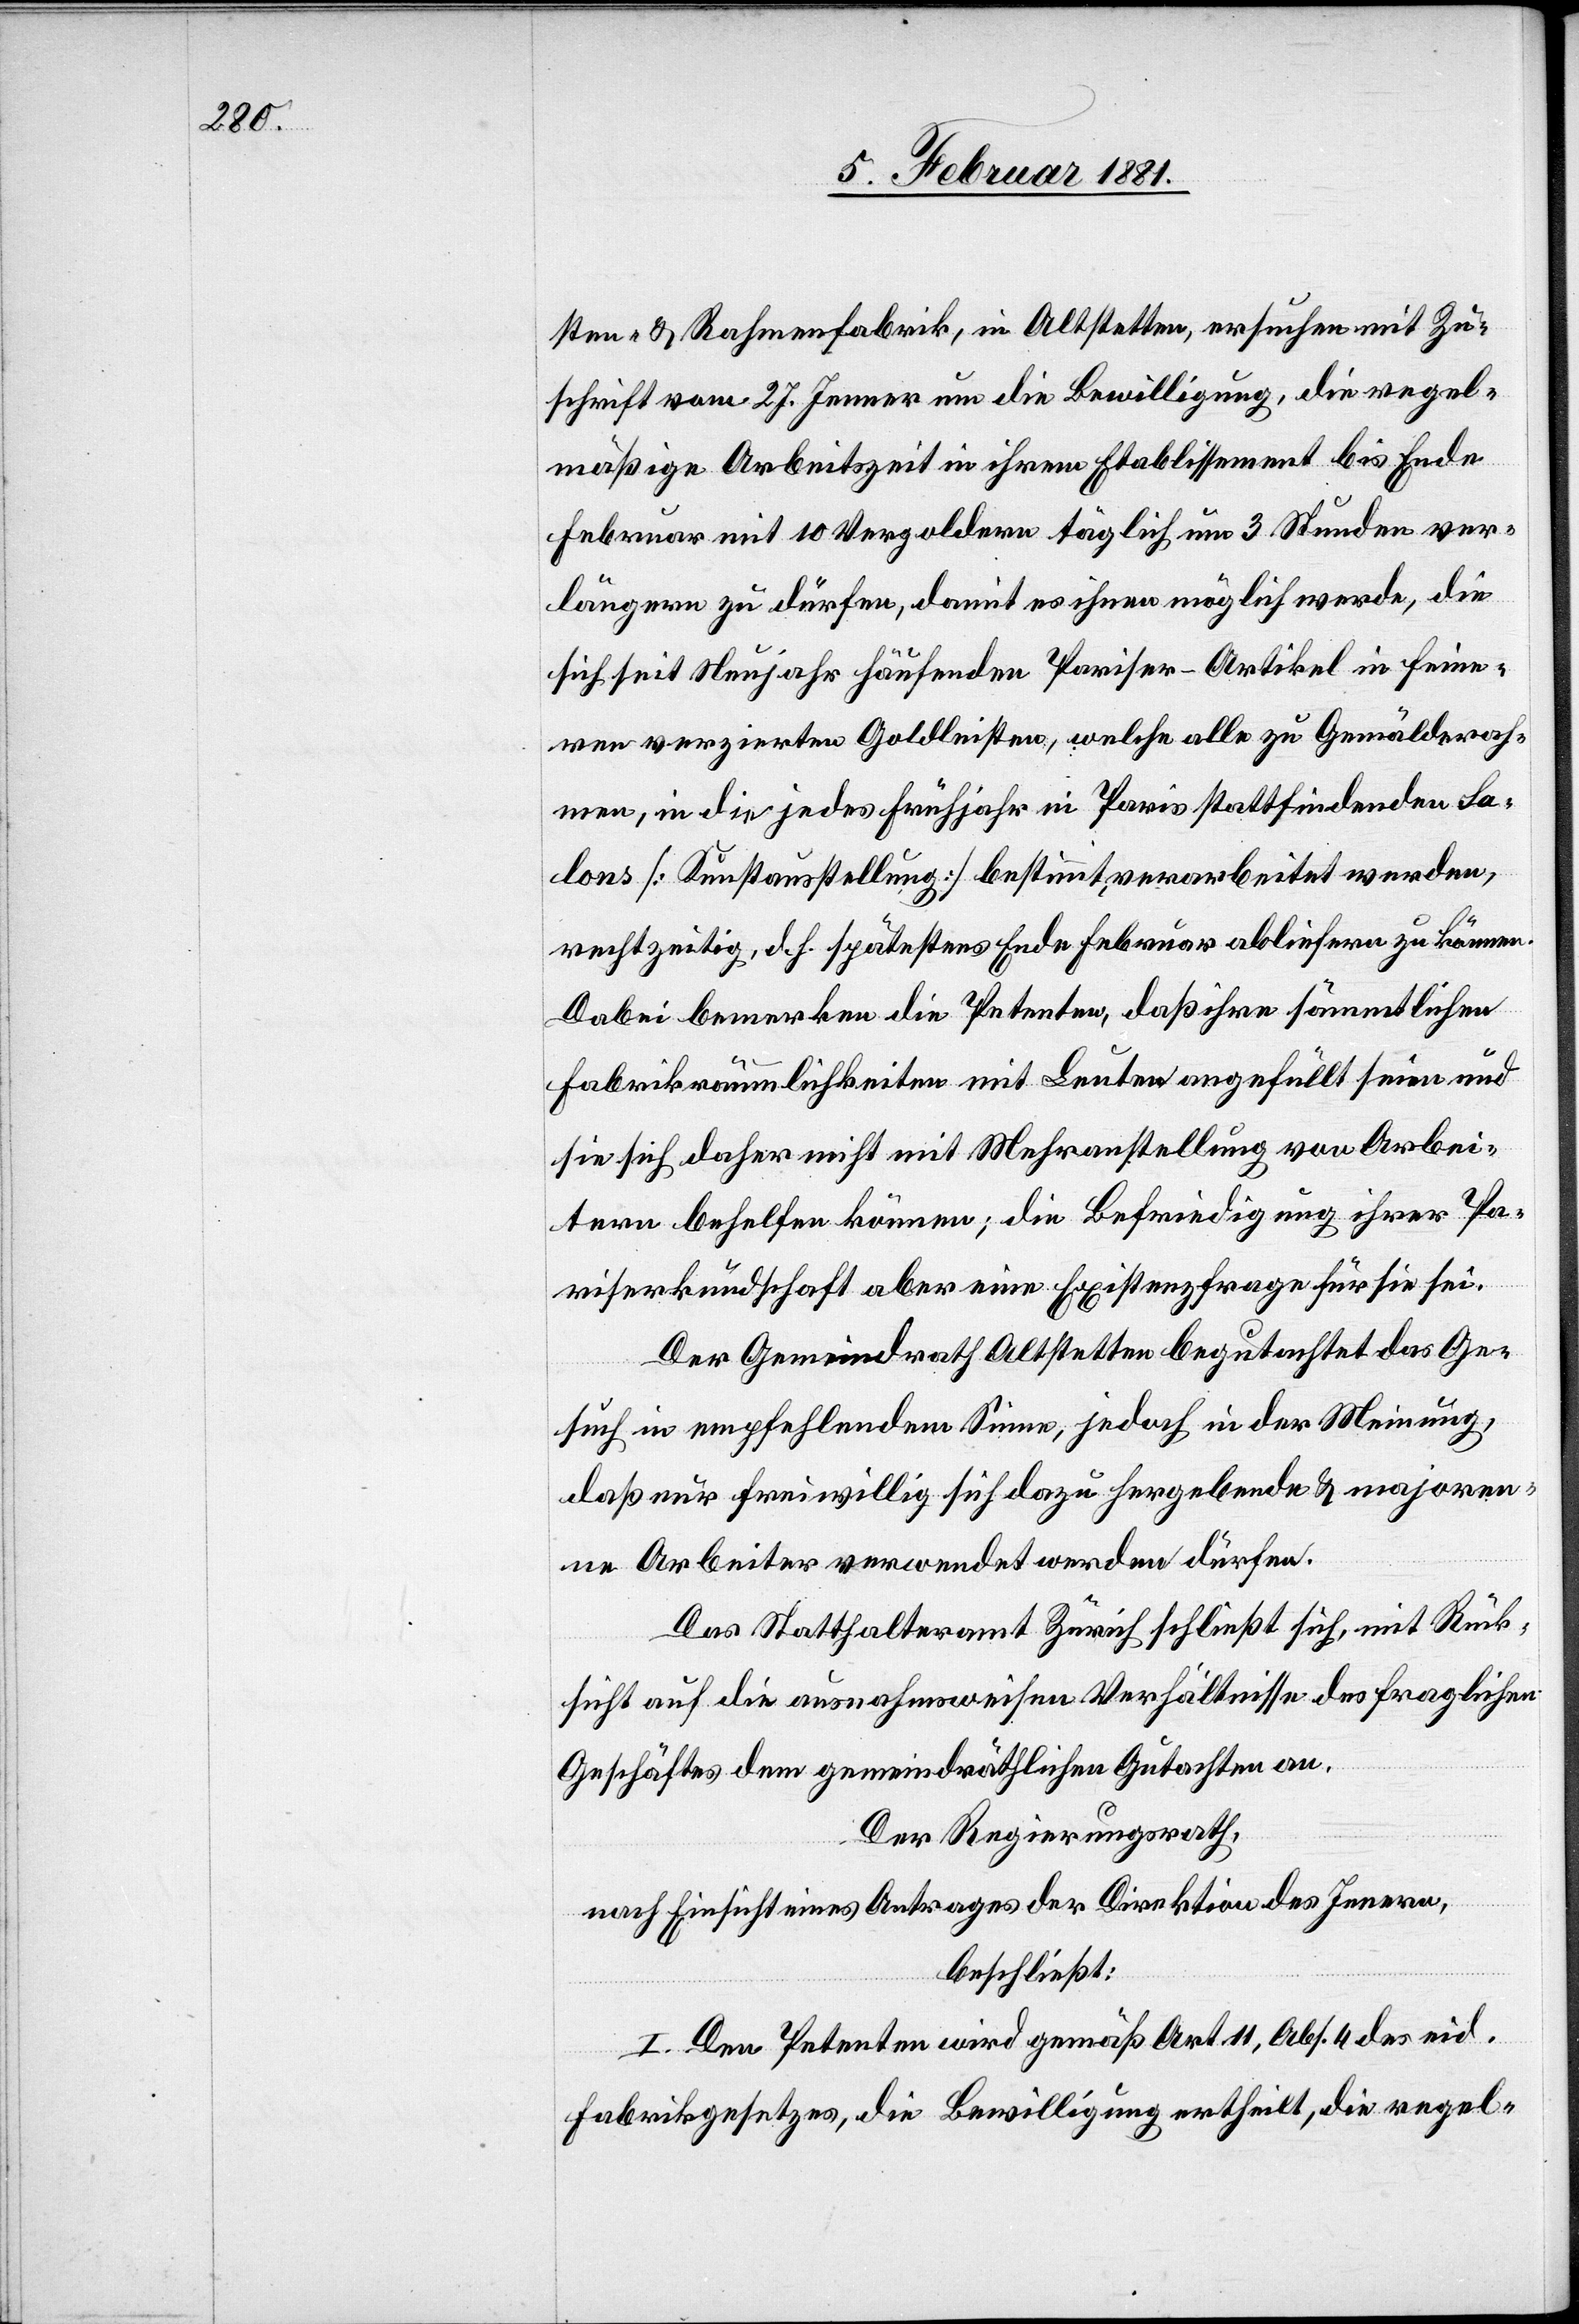
sten- & Rahmenfabrik, in Altstetten, ersuchen mit Zu¬
schrift vom 27. Jenner um die Bewilligung, die regel¬
mäßige Arbeitszeit in ihrem Etablissement bis Ende
Februar mit 10 Vergoldern täglich um 3 Stunden ver¬
längern zu dürfen, damit es ihnen möglich werde, die
sich seit Neujahr häufenden Pariser-Artikel in feine¬
ren verzierten Goldleisten, welche alle zu Gemälderah¬
men, in die jedes Frühjahr in Paris stattfindenden Sa¬
lons [Kunstausstellung] bestimmt, verarbeitet werden,
rechtzeitig, d. h. spätestens Ende Februar abliefern zu können.
Dabei bemerken die Petenten, daß ihre sämmtlichen
Fabrikräumlichkeiten mit Leuten angefüllt seien und
sie sich daher nicht mit Mehranstellung von Arbei¬
tern behelfen können; die Befriedigung ihrer Pa¬
riserkundschaft aber eine Existenzfrage für sie sei.
Der Gemeindrath Altstetten begutachtet das Ge¬
such in empfehlendem Sinne, jedoch in der Meinung,
daß nur freiwillig sich dazu hergebende & majoren¬
ne Arbeiter verwendet werden dürfen.
Das Statthalteramt Zürich schließt sich, mit Rück¬
sicht auf die ausnahmsweisen Verhältnisse des fraglichen
Geschäftes dem gemeindräthlichen Gutachten an.
Der Regierungsrath,
nach Einsicht eines Antrages der Direktion des Innern,
beschließt:
I. Den Petenten wird gemäß Art. 11, Abs. 4 des eid.
Fabrikgesetzes, die Bewilligung ertheilt, die regel-